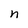
Character: n